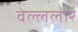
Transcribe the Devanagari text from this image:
वेल्ललार